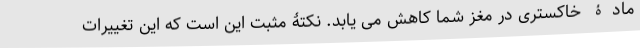
مادۀ خاکستری در مغز شما کاهش می یابد. نکتۀ مثبت این است که این تغییرات